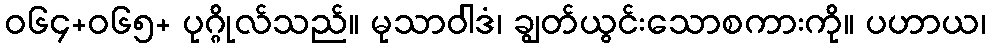
ဝ၆၄+၀၆၅+ ပုဂ္ဂိုလ်သည်။ မုသာဝါဒံ၊ ချွတ်ယွင်းသောစကားကို။ ပဟာယ၊